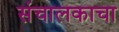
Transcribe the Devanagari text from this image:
संचालकाचा